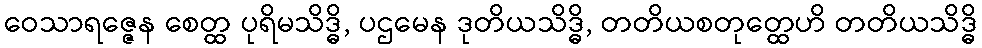
ဝေသာရဇ္ဇေန စေတ္ထ ပုရိမသိဒ္ဓိ, ပဌမေန ဒုတိယသိဒ္ဓိ, တတိယစတုတ္ထေဟိ တတိယသိဒ္ဓိ